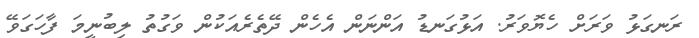
ރަނގަޅު ވަރަށް ހެޔޮވަރު. އަޅުގަނޑު އަންނަން އެހެން ދޭތެރެއަކުން ވަގުތު ލިބުނީމަ ފާހަގަވޭ